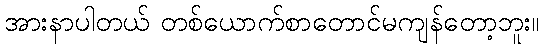
အားနာပါတယ် တစ်ယောက်စာတောင်မကျန်တော့ဘူး။